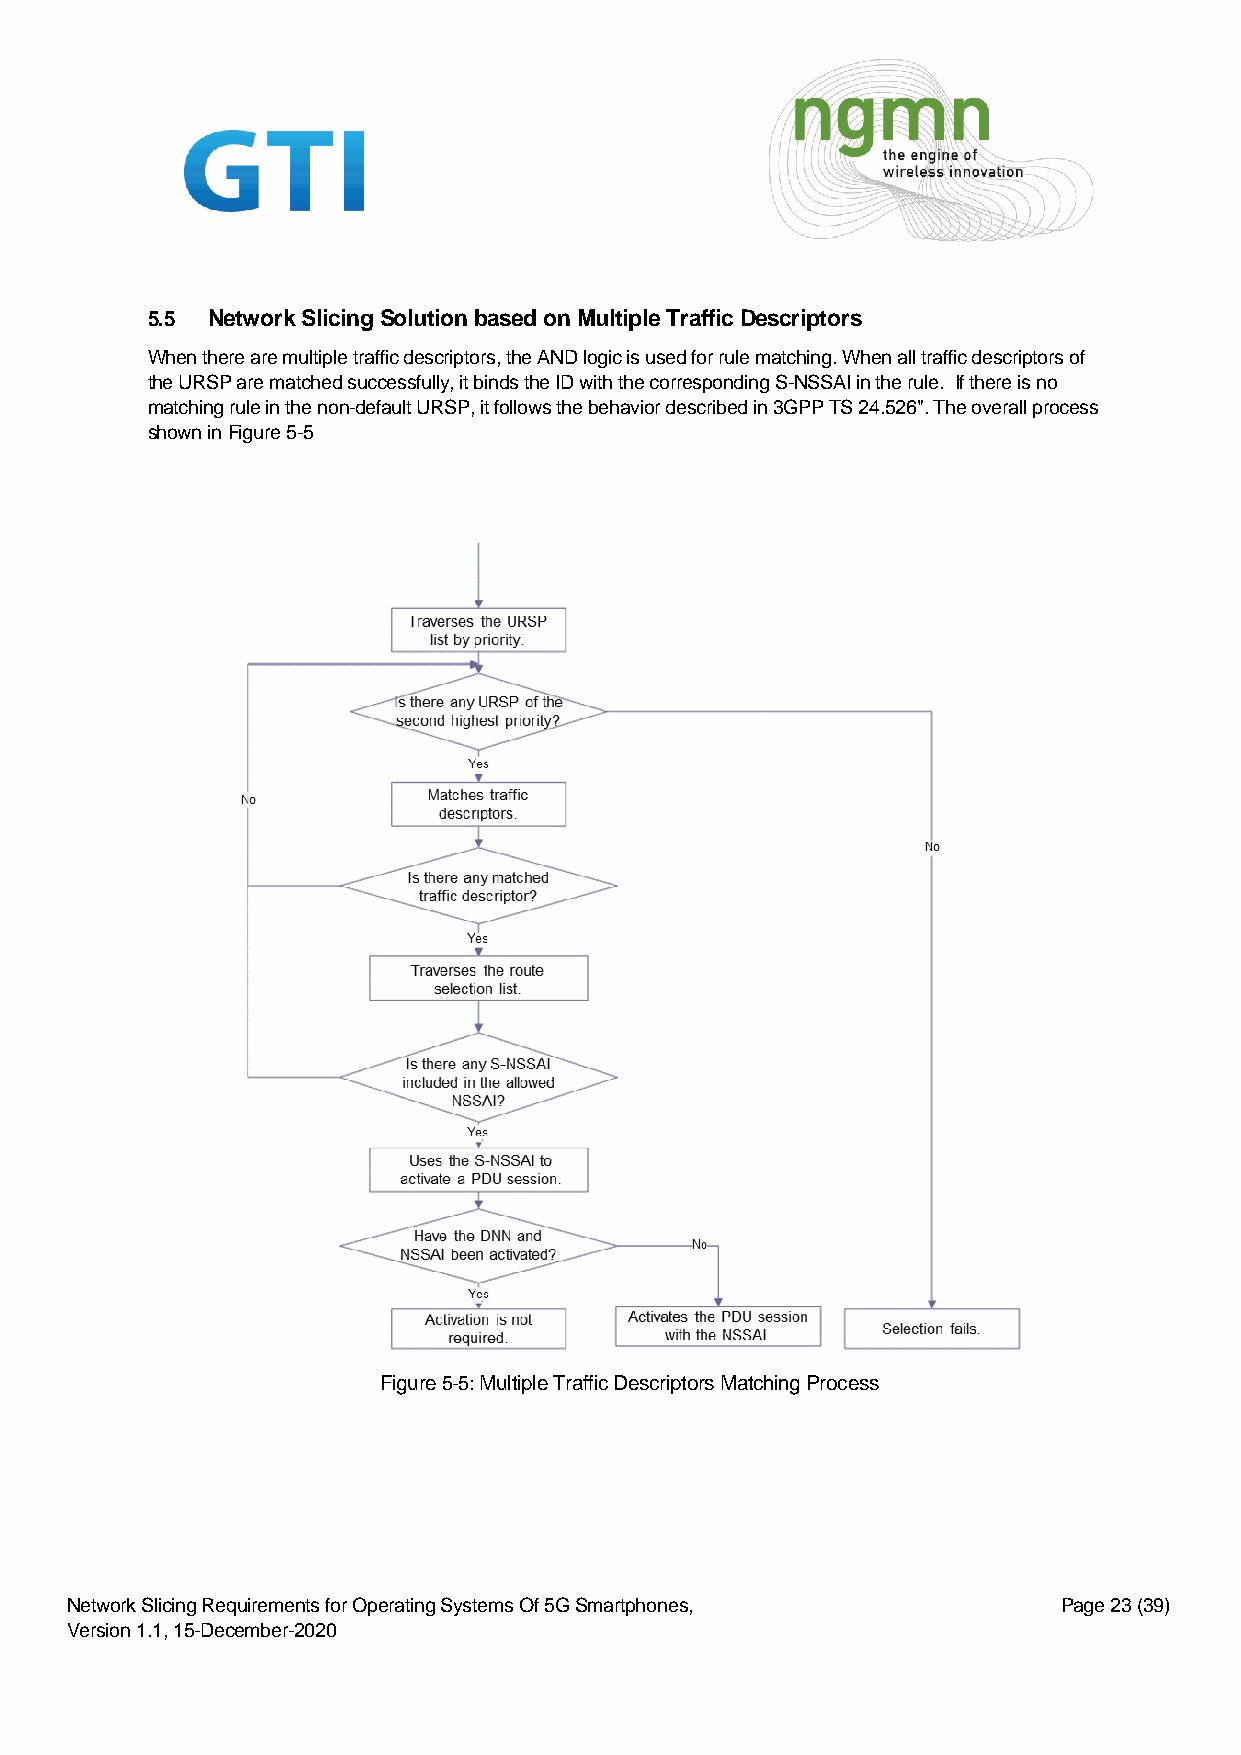
5.5 Network Slicing Solution based on Multiple Traffic Descriptors
 When there are multiple traffic descriptors, the AND logic is used for rule matching. When all traffic descriptors of
 the URSP are matched successfully, it binds the ID with the corresponding S-NSSAI in the rule. If there is no
 matching rule in the non-default URSP, it follows the behavior described in 3GPP TS 24.526". The overall process
 shown in Figure 5-5
 Figure 5-5: Multiple Traffic Descriptors Matching Process
 Network Slicing Requirements for Operating Systems Of 5G Smartphones, Page 23 (39)
 Version 1.1, 15-December-2020